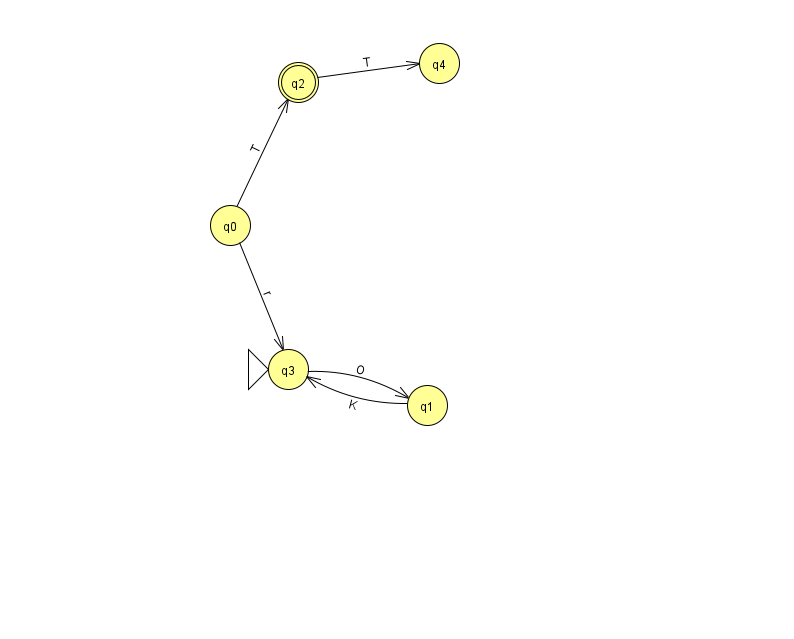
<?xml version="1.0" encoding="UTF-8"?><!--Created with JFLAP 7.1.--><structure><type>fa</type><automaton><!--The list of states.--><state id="0" name="q0"><x>230.0</x><y>212.0</y></state><state id="1" name="q1"><x>427.0</x><y>392.0</y></state><state id="2" name="q2"><x>298.0</x><y>69.0</y><final/></state><state id="3" name="q3"><x>288.0</x><y>356.0</y><initial/></state><state id="4" name="q4"><x>439.0</x><y>50.0</y></state><!--The list of transitions.--><transition><from>3</from><to>1</to><read>O</read></transition><transition><from>0</from><to>3</to><read>r</read></transition><transition><from>1</from><to>3</to><read>K</read></transition><transition><from>0</from><to>2</to><read>T</read></transition><transition><from>2</from><to>4</to><read>T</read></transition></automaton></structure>